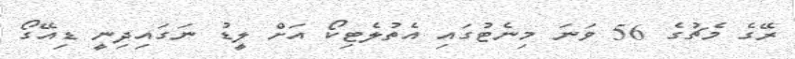
ރޭގެ މެޗުގެ 56 ވަނަ މިނެޓުގައި އެތުލެޓިކޯ އަށް ލީޑު ނަގައިދިނީ ޑިއޭގޯ